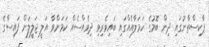
ޕާކިސްތާނުގައި ދިން ބޮމުގެ ހަމަލާއެއްގައި ބައިވެރިވި ދިވެއްސެއް ކަމަށްވާ އަލީ ޖަލީލަށް ފައިސާގެ